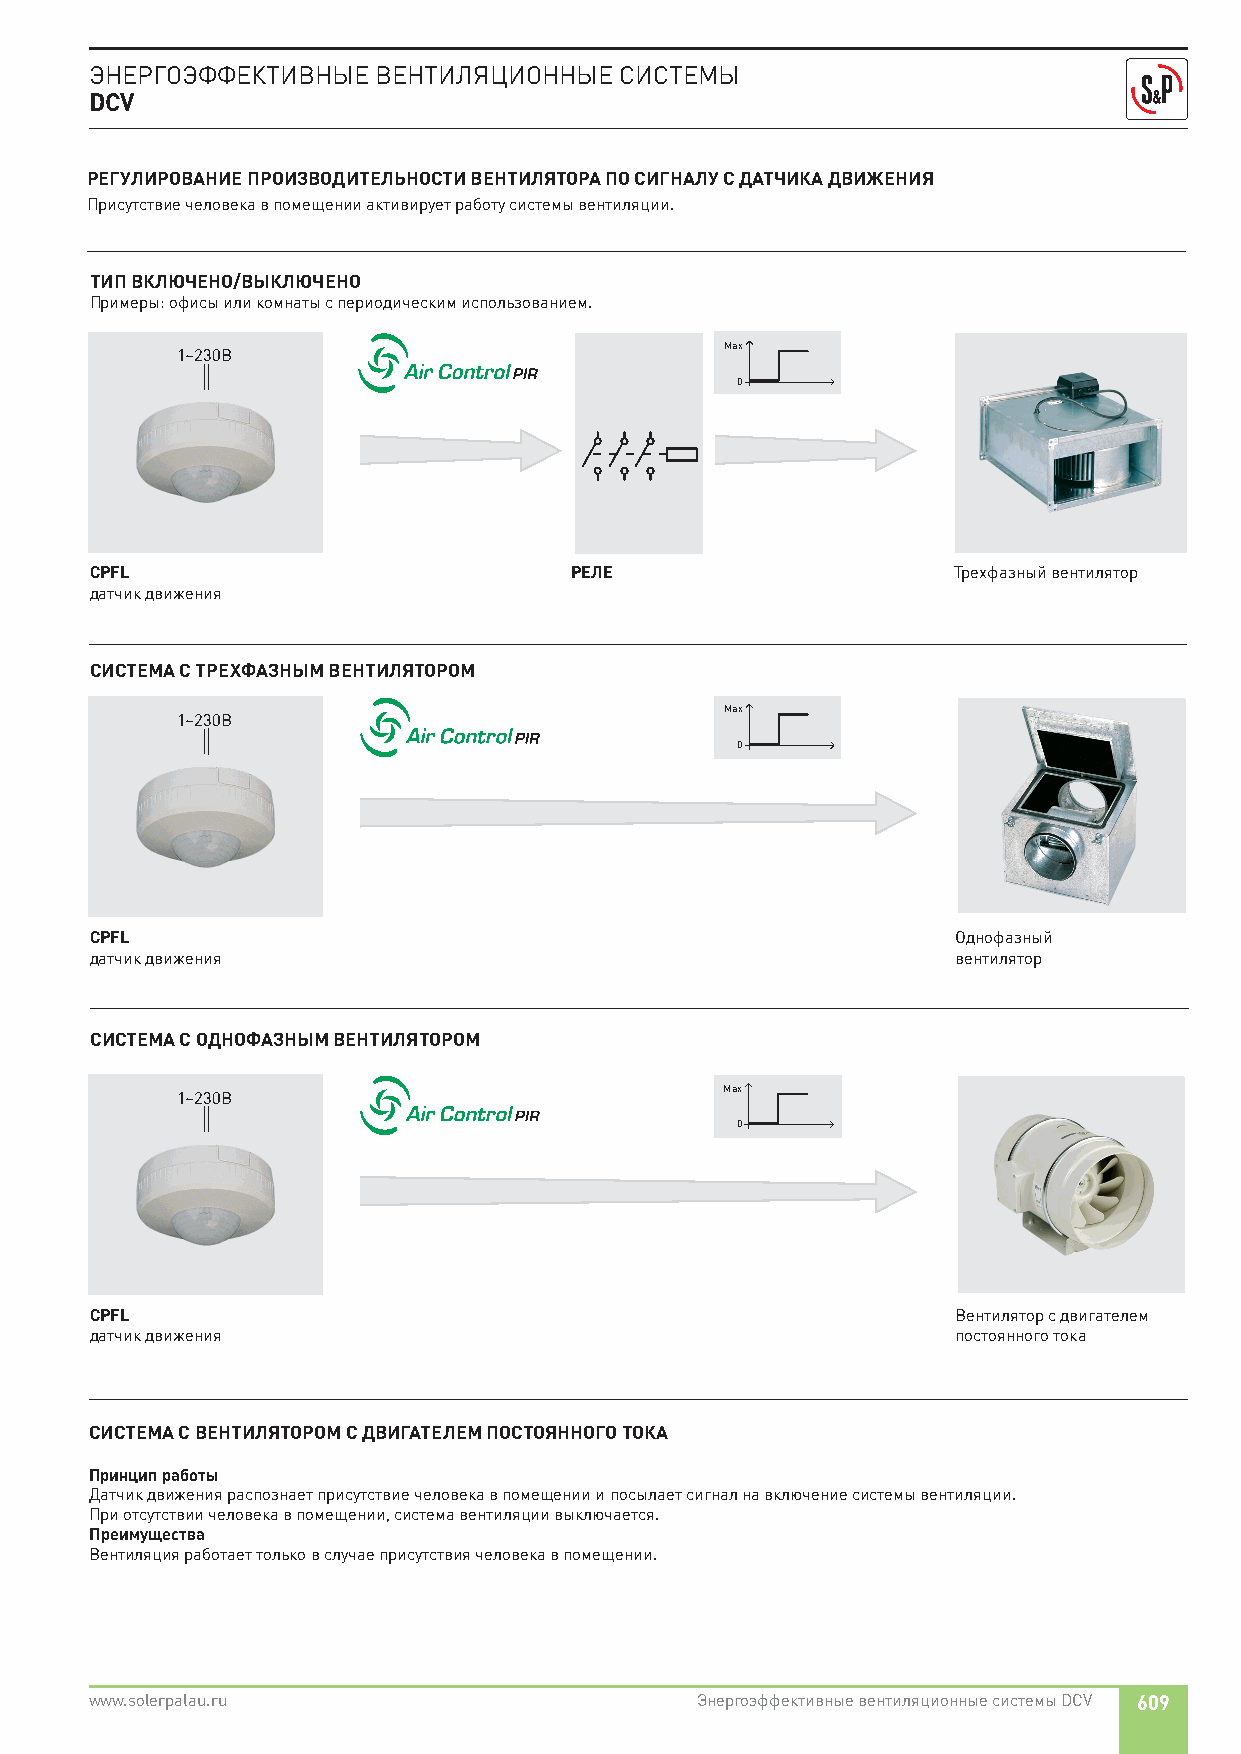
ЭНЕРГОЭФФЕКТИВНЫЕ  ВЕНТИЛЯЦИОННЫЕ  СИСТЕМЫ
 DCV
 РЕГУЛИРОВАНИЕ ПРОИЗВОДИТЕЛЬНОСТИ ВЕНТИЛЯТОРА ПО СИГНАЛУ С ДАТЧИКА ДВИЖЕНИЯ
 Присутствие человека в помещении активирует работу системы вентиляции.
 ТИП ВКЛЮЧЕНО/ВЫКЛЮЧЕНО
 Примеры: офисы или комнаты с периодическим использованием.
 Max
 1~230В
 0
 CPFL                            РЕЛЕ                     Трехфазный вентилятор
 датчик движения
 СИСТЕМА С ТРЕХФАЗНЫМ ВЕНТИЛЯТОРОМ
 Max
 1~230В
 0
 CPFL                                                     Однофазный
 датчик движения                                          вентилятор
 СИСТЕМА С ОДНОФАЗНЫМ ВЕНТИЛЯТОРОМ
 Max
 1~230В
 0
 CPFL                                                     Вентилятор с двигателем
 датчик движения                                          постоянного тока
 СИСТЕМА С ВЕНТИЛЯТОРОМ С ДВИГАТЕЛЕМ ПОСТОЯННОГО ТОКА
 Принцип работы
 Датчик движения распознает присутствие человека в помещении и посылает сигнал на включение системы вентиляции.
 При отсутствии человека в помещении, система вентиляции выключается.
 Преимущества
 Вентиляция работает только в случае присутствия человека в помещении.
 www.solerpalau.ru                       Энергоэффективные вентиляционные системы DCV 609